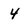
Character: 4